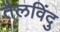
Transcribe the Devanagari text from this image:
तैलविंदु